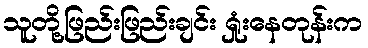
သူတို့ဖြည်းဖြည်းချင်း ရှုံးနေတုန်းက